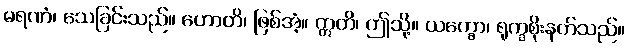
မရဏံ၊ သေခြင်းသည်။ ဟောတိ၊ ဖြစ်အံ့။ ဣတိ၊ ဤသို့။ ယက္ခော၊ ရုက္ခစိုးနတ်သည်။